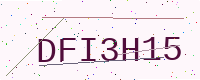
Text: DFI3H15